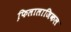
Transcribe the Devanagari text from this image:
फि़लालाजिकल